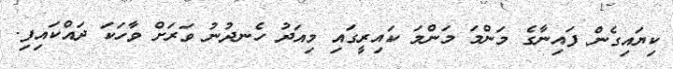
ކިޔައިގެން ފައިނާގެ މަންމަ މަންމަ ކައިރީގައި މިއަދު ހެނދުނު ވަރަށް ވާހަކަ ދައްކައިފި.